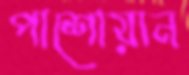
পাশোয়ান